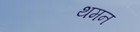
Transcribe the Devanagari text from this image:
थमन